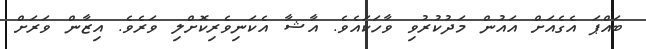
ބައްޕަ އެގެއަށް އައުން މަދުކުރުވި ވާހަކައެވެ. އާޝާ އެކަނިވެރިކޮށްލި ވަރެވެ. އިޒާން ވަރަށް